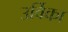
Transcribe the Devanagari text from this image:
उर्विका